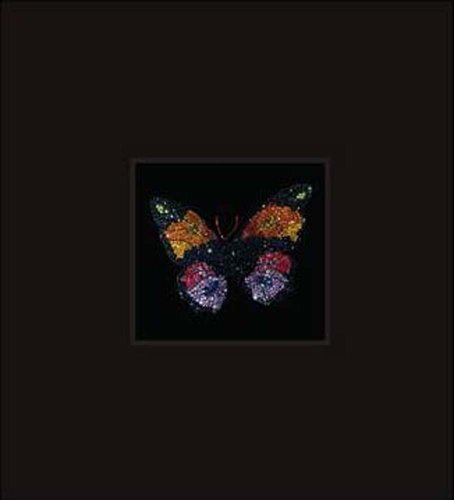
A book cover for Jewels by JAR (Metropolitan Museum of Art Series); Adrian Sassoon; Crafts, Hobbies & Home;